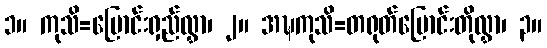
၁။ ကုသိ=မြောင်းရှည်လွှာ၊ ၂။ အဍ္ဎကုသိ=တရုတ်မြောင်းတိုလွှာ၊ ၃။